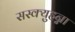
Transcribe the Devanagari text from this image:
सस्क्युहन्ना